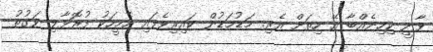
ވާނީ ކިހިނެއްބާ އޭ ހިތަށް އެރި. މަޑުމަޑުން ކައިރިވެފައި އެމީހަކު ފުރޮޅާލި ވަގުތު